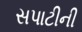
સપાટીની